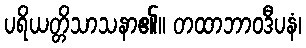
ပရိယတ္တိသာသနာ၏။ တထာဘာဝဒီပနံ၊